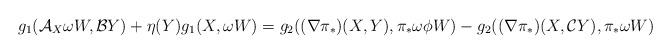
LaTeX: \begin{align*}g_{1}(\mathcal{A}_{X}\omega W,\mathcal{B}Y)+\eta(Y)g_{1}(X,\omega W)&=g_{2}((\nabla \pi_*)(X,Y),\pi_*\omega\phi W)-g_{2}((\nabla \pi_*)(X,\mathcal{C}Y),\pi_*\omega W)\end{align*}